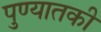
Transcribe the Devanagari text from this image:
पुण्यातकी